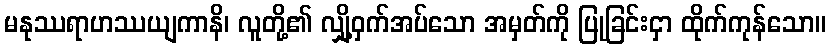
မနုဿရာဟဿယျကာနိ၊ လူတို့၏ လျှို့ဝှက်အပ်သော အမှတ်ကို ပြုခြင်းငှာ ထိုက်ကုန်သော။